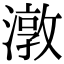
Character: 潡